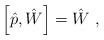
\begin{align*}\left[\hat p,\hat W\right]=\hat W\ ,\end{align*}